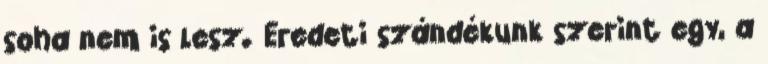
soha nem is lesz. Eredeti szándékunk szerint egy, a